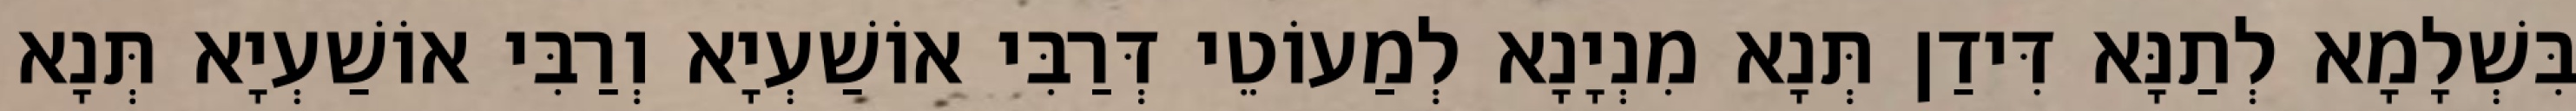
בִּשְׁלָמָא לְתַנָּא דִּידַן תְּנָא מִנְיָנָא לְמַעוֹטֵי דְּרַבִּי אוֹשַׁעְיָא וְרַבִּי אוֹשַׁעְיָא תְּנָא